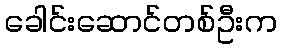
ခေါင်းဆောင်တစ်ဦးက